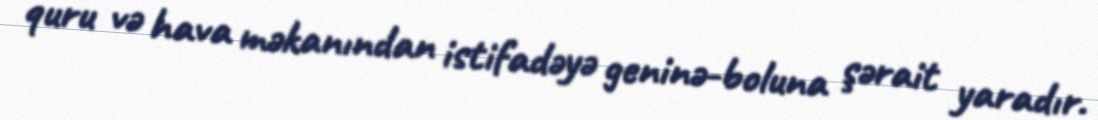
quru və hava məkanından istifadəyə geninə-boluna şərait yaradır.